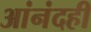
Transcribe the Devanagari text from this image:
आंनंदही